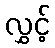
လွှင့်